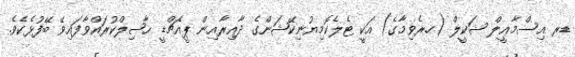
ޑރ އިސްމާޢީލް ޝަކީލް (ހ.ރެވިމާގެ) އަކީ ޓެލެކޮމިޔުނިކޭޝަންގެ ދާއިރާއިން ޕީއެޗްޑީ ޙާޞިލްކުރައްވާފައިވޭ ބޭފުޅެކެވެ.